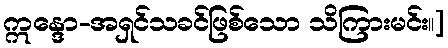
ဣန္ဒော-အရှင်သခင်ဖြစ်သော သိကြားမင်း။]